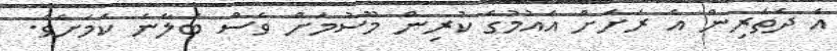
އެ ދެތަރިން އެ ރަށަށް އައުމުގެ ކުރިން މޫސުމަށް ވެސް ބަލާނެ ކަމަށެވެ.